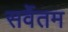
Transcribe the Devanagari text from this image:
सर्वेतम